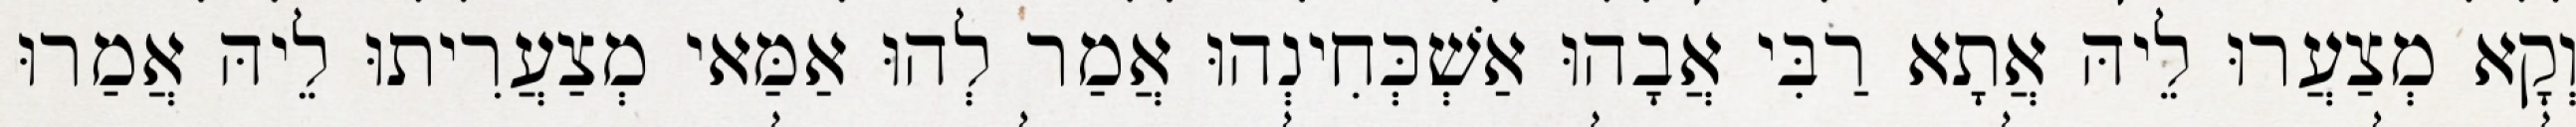
וְקָא מְצַעֲרוּ לֵיהּ אֲתָא רַבִּי אֲבָהוּ אַשְׁכְּחִינְהוּ אֲמַר לְהוּ אַמַּאי מְצַעֲרִיתוּ לֵיהּ אֲמַרוּ